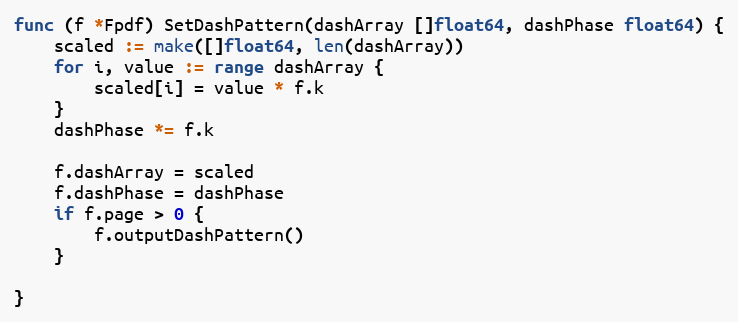
Language: Go
func (f *Fpdf) SetDashPattern(dashArray []float64, dashPhase float64) {
	scaled := make([]float64, len(dashArray))
	for i, value := range dashArray {
		scaled[i] = value * f.k
	}
	dashPhase *= f.k

	f.dashArray = scaled
	f.dashPhase = dashPhase
	if f.page > 0 {
		f.outputDashPattern()
	}

}